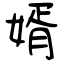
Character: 婿